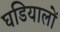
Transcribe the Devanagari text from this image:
घडियालों